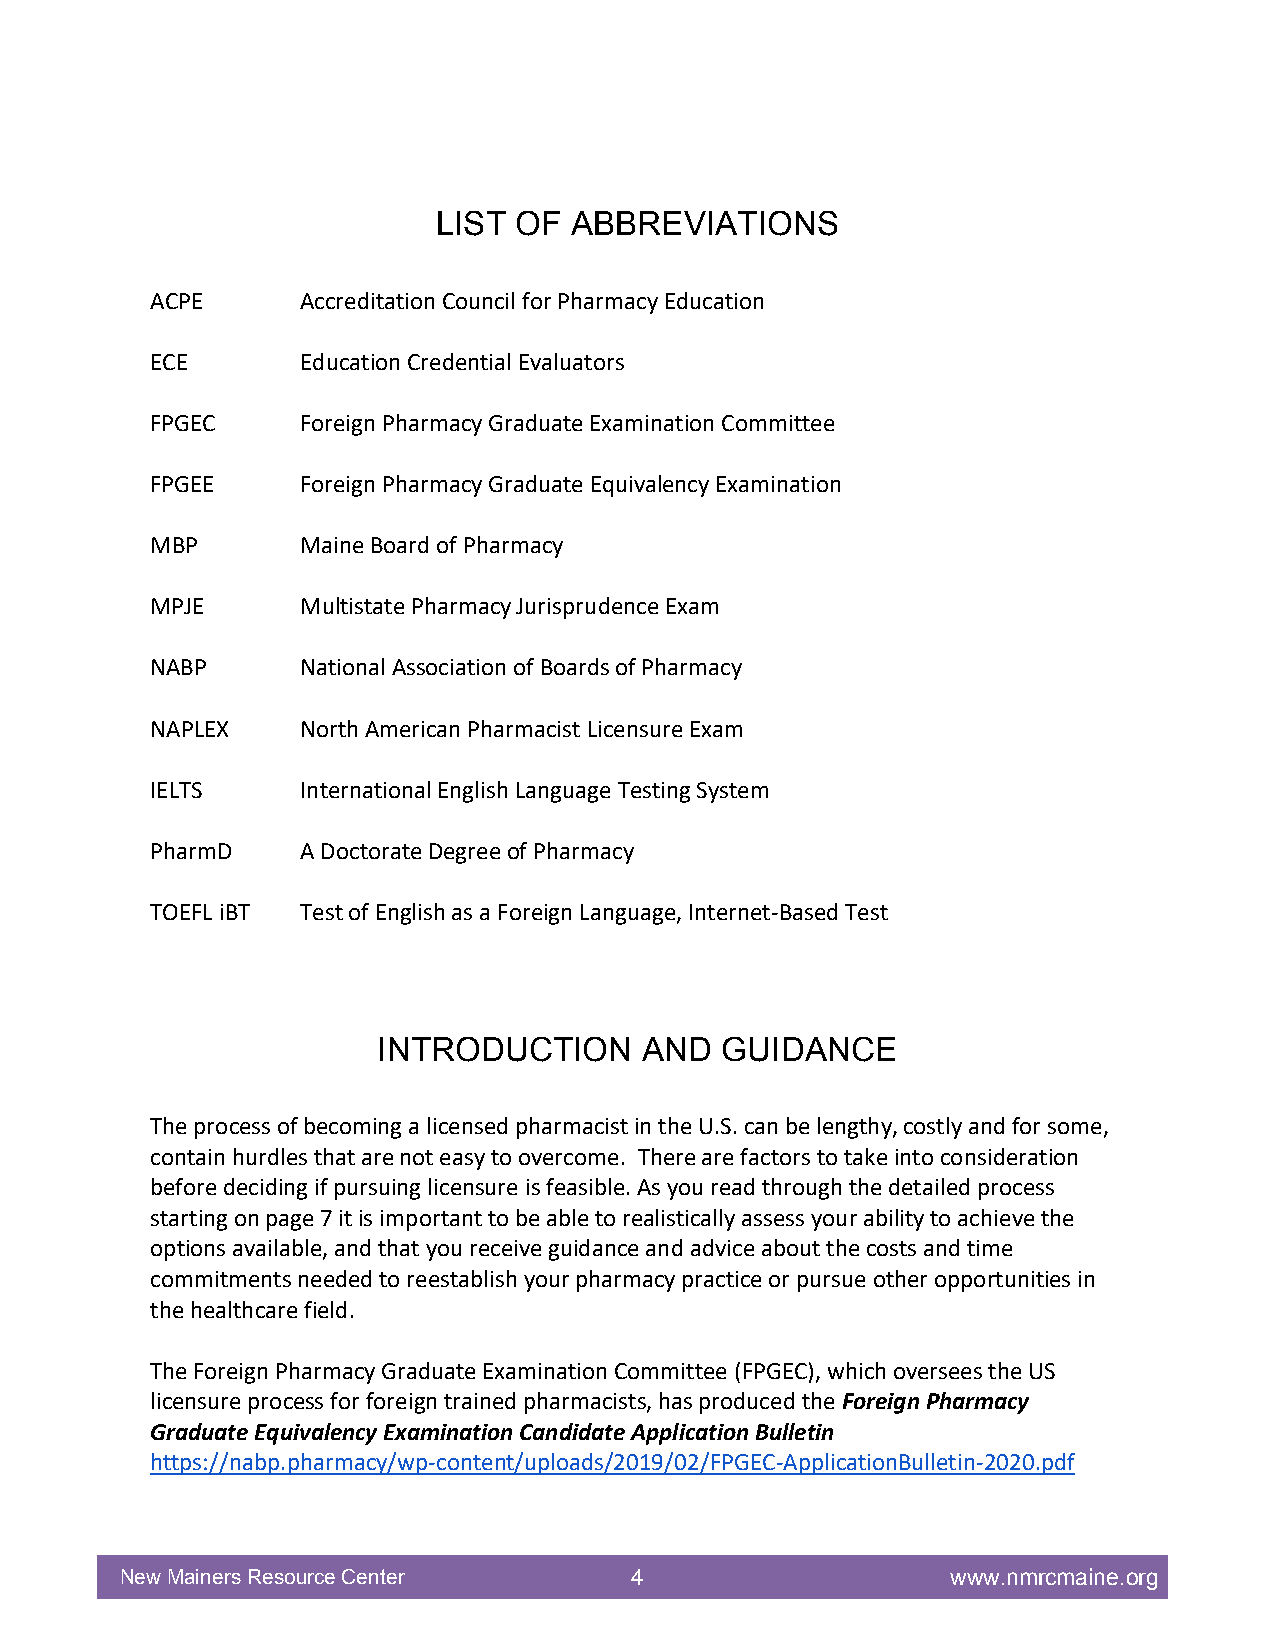
LIST OF  ABBREVIATIONS
 ACPE      Accreditation Council for Pharmacy Education
 ECE       Education Credential Evaluators
 FPGEC     Foreign Pharmacy Graduate Examination Committee
 FPGEE     Foreign Pharmacy Graduate Equivalency Examination
 MBP       Maine Board of Pharmacy
 MPJE      Multistate Pharmacy Jurisprudence Exam
 NABP      National Association of Boards of Pharmacy
 NAPLEX    North American Pharmacist Licensure Exam
 IELTS     International English Language Testing System
 PharmD    A Doctorate Degree of Pharmacy
 TOEFL iBT Test of English as a Foreign Language, Internet-Based Test
 INTRODUCTION     AND   GUIDANCE
 The process of becoming a licensed pharmacist in the U.S. can be lengthy, costly and for some,
 contain hurdles that are not easy to overcome. There are factors to take into consideration
 before deciding if pursuing licensure is feasible. As you read through the detailed process
 starting on page 7 it is important to be able to realistically assess your ability to achieve the
 options available, and that you receive guidance and advice about the costs and time
 commitments needed to reestablish your pharmacy practice or pursue other opportunities in
 the healthcare field.
 The Foreign Pharmacy Graduate Examination Committee (FPGEC), which oversees the US
 licensure process for foreign trained pharmacists, has produced the Foreign Pharmacy
 Graduate Equivalency Examination Candidate Application Bulletin
 https://nabp.pharmacy/wp-content/uploads/2019/02/FPGEC-ApplicationBulletin-2020.pdf
 New Mainers Resource Center       4                    www.nmrcmaine.org